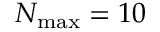
N _ { \mathrm { m a x } } = 1 0